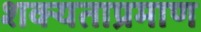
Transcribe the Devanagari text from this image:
शक्यताप्रमाण